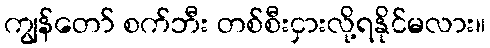
ကျွန်တော် စက်ဘီး တစ်စီးငှားလို့ရနိုင်မလား။